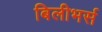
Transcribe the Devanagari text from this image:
बिलीभर्स